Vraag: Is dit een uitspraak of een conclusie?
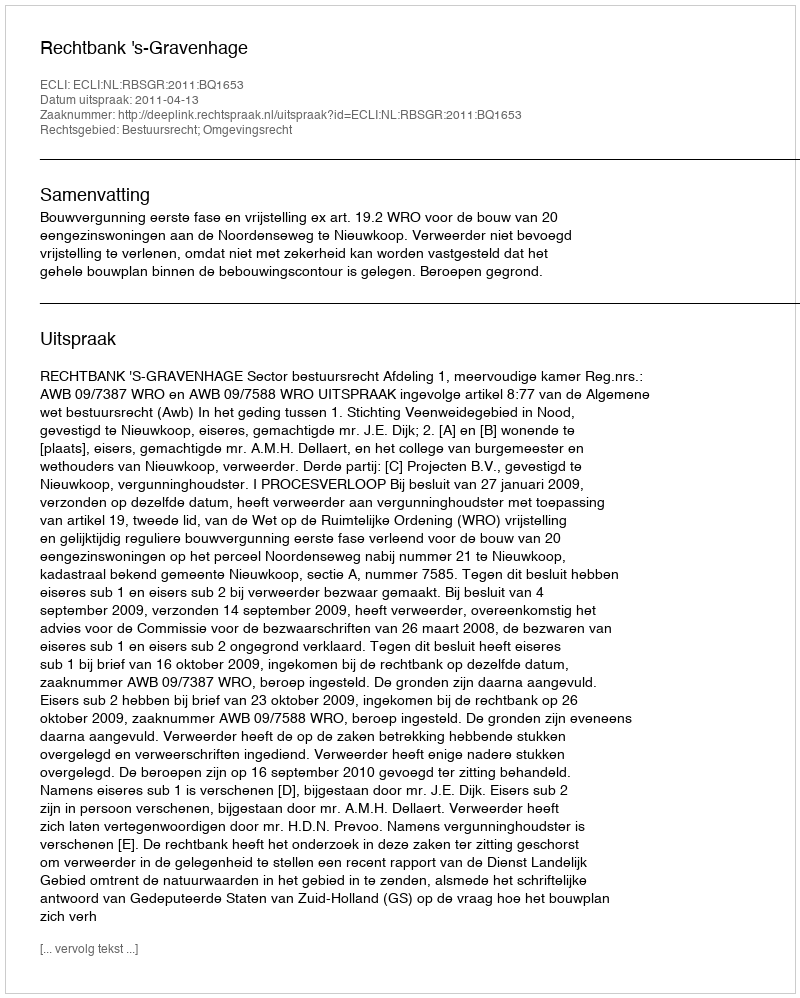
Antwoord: Uitspraak